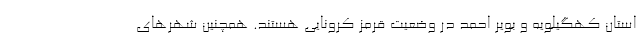
استان کهگیلویه و بویر احمد در وضعیت قرمز کرونایی هستند. همچنین شهرهای